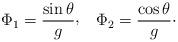
LaTeX: \begin{align*}\Phi_{1}={\sin\theta\over g}\raise 2pt\hbox{,}\quad\Phi_{2}={\cos\theta\over g}\cdotp\end{align*}